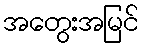
အတွေးအမြင်